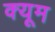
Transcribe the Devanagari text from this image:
क्यूम